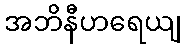
အဘိနီဟရေယျ